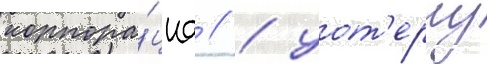
корпора́циа // / уот'ерлу